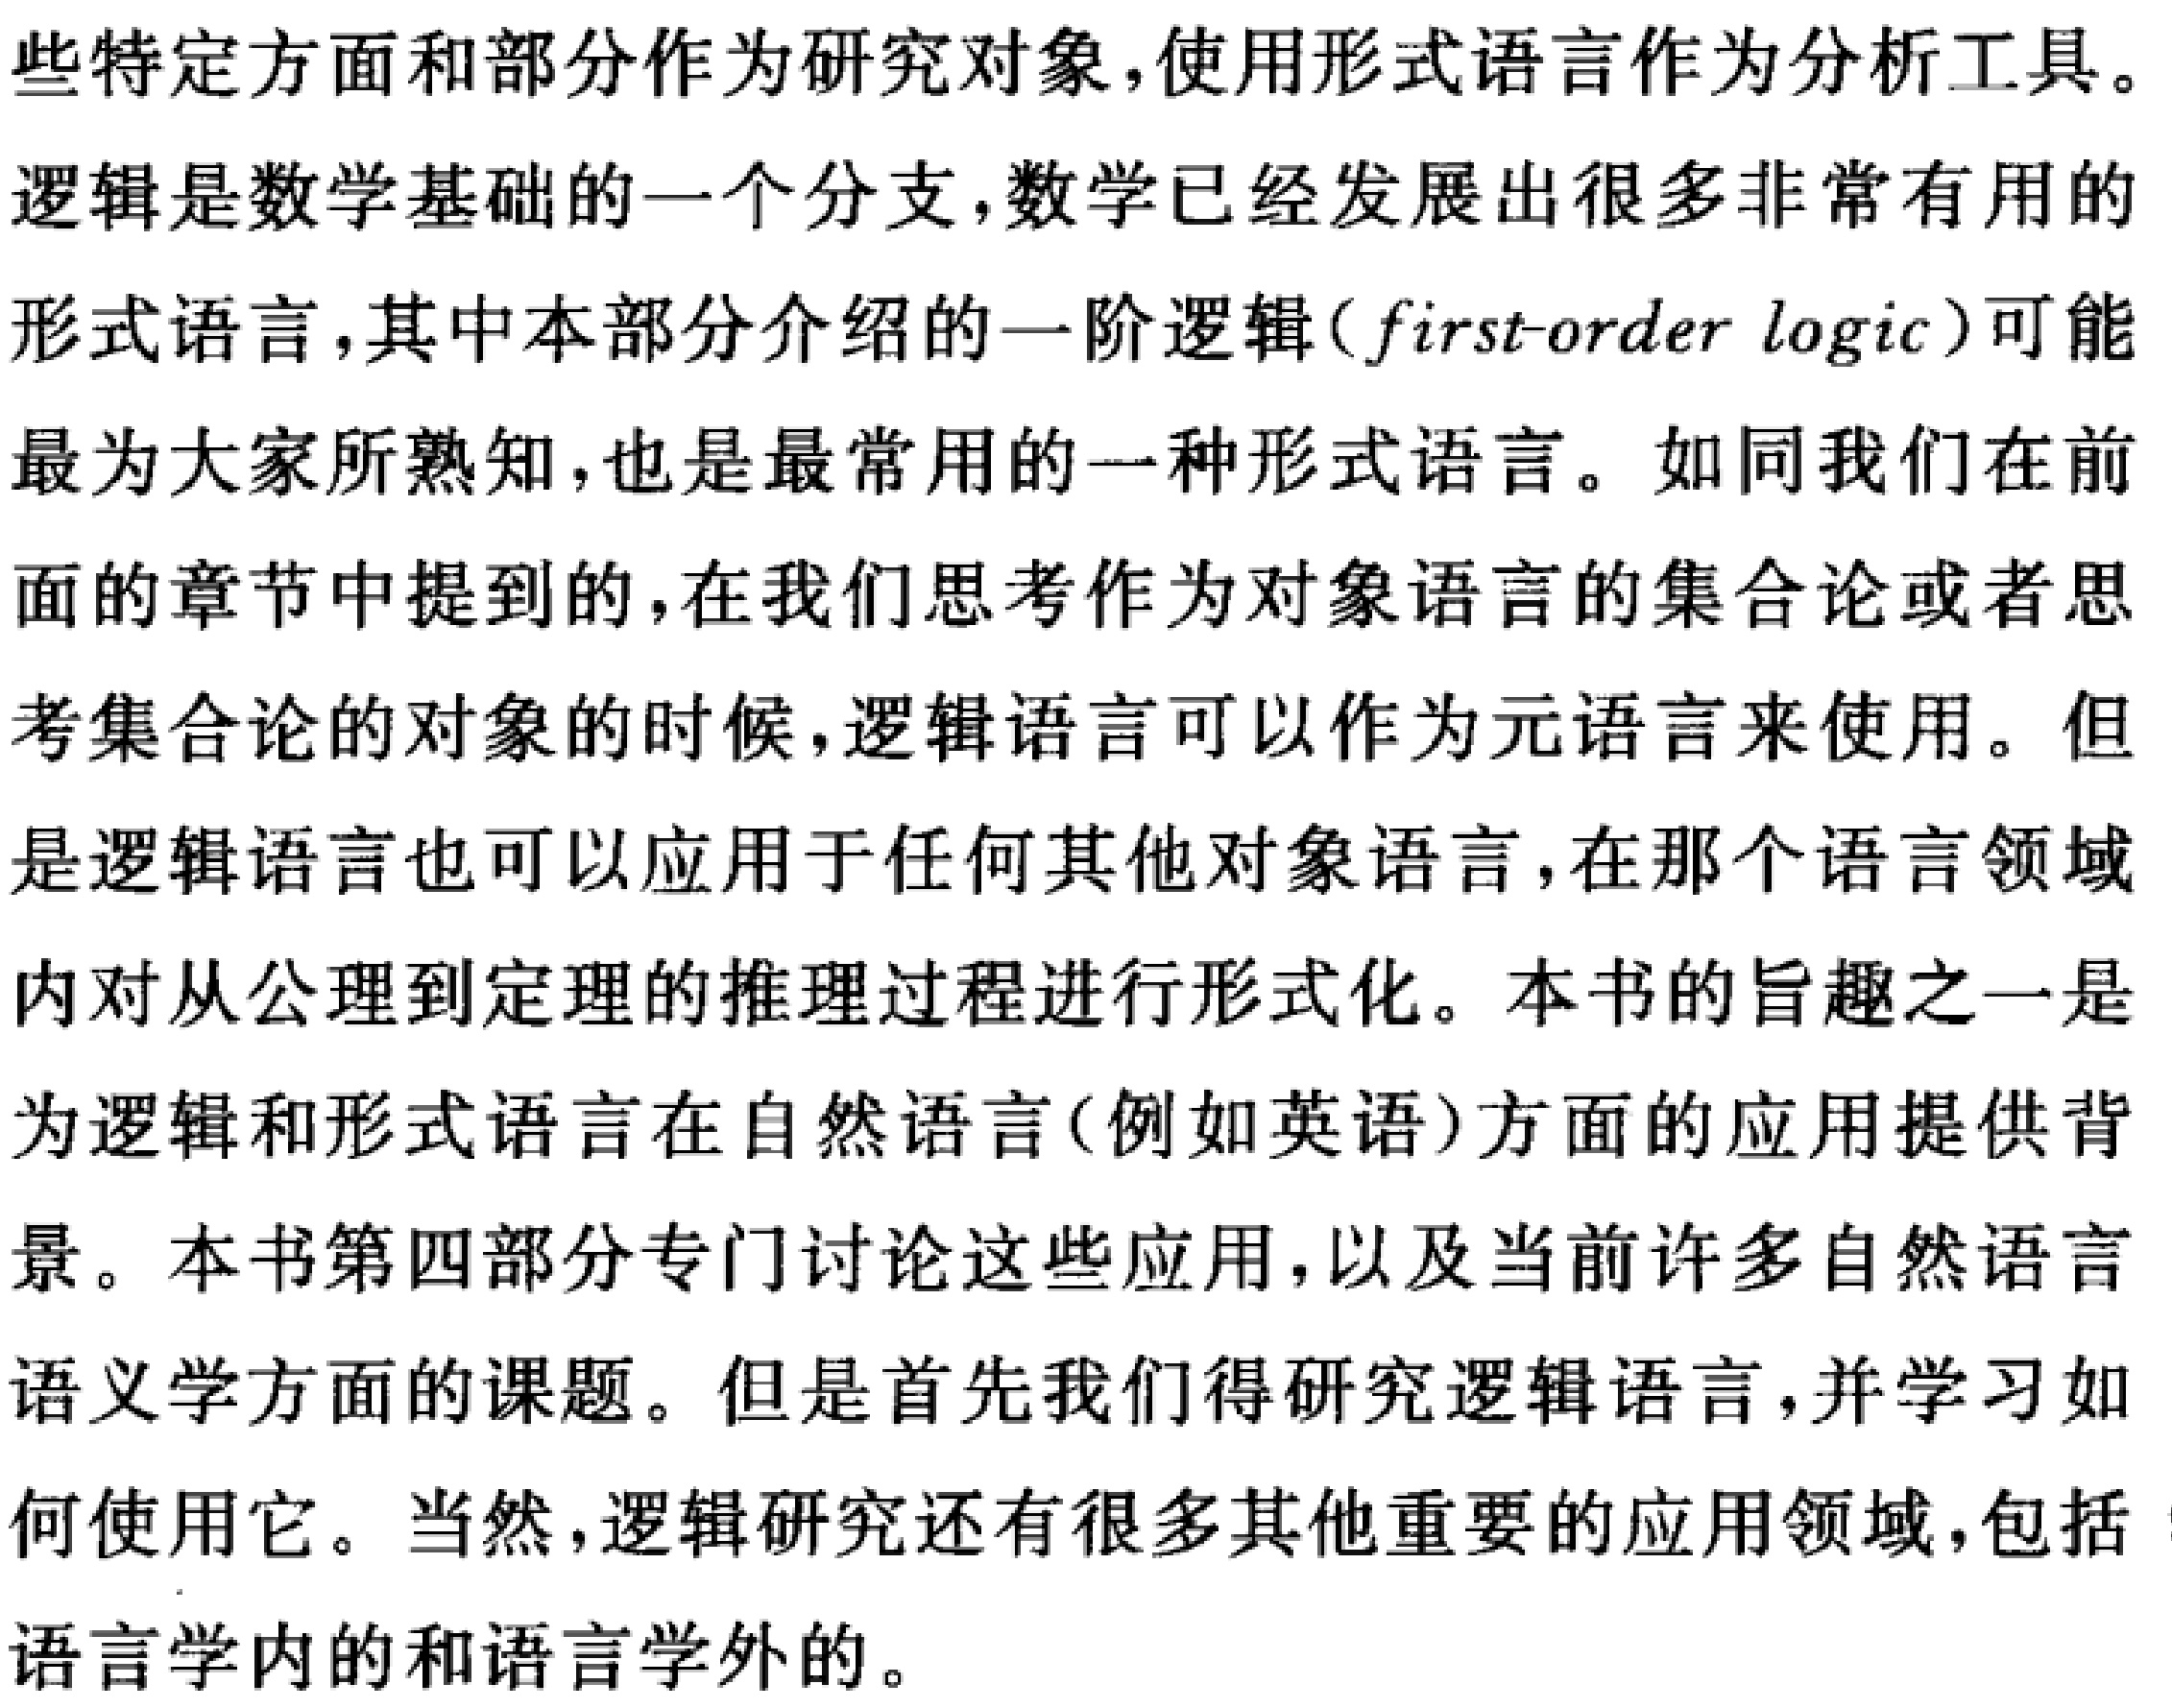
些特定方面和部分作为研究对象，使用形式语言作为分析工具。
逻辑是数学基础的一个分支，数学已经发展出很多非常有用的
形式语言，其中本部分介绍的一阶逻辑（first - order logic）可能
最为大家所熟知，也是最常用的一种形式语言。如同我们在前
面的章节中提到的，在我们思考作为对象语言的集合论或者思
考集合论的对象的时候，逻辑语言可以作为元语言来使用。但
是逻辑语言也可以应用于任何其他对象语言，在那个语言领域
内对从公理到定理的推理过程进行形式化。本书的旨趣之一是
为逻辑和形式语言在自然语言（例如英语）方面的应用提供背
景。本书第四部分专门讨论这些应用，以及当前许多自然语言
语义学方面的课题。但是首先我们得研究逻辑语言，并学习如
何使用它。当然，逻辑研究还有很多其他重要的应用领域，包括
语言学内的和语言学外的。